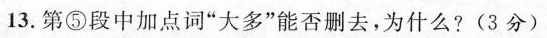
13.第⑤段中加点词“大多”能否删去，为什么?(3分)